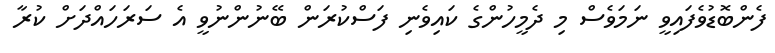
ފެންބޮޑުވެފައިވީ ނަމަވެސް މި ދެމީހުންގެ ކައިވެނި ފަސްކުރަން ބޭނުންނުވީ އެ ސަރަހައްދަށް ކުރާ